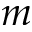
m